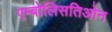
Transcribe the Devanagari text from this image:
एम्बोलिसतिओन